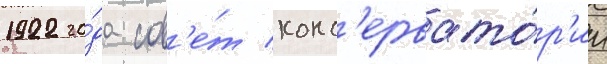
1922 го́да сов'е́т конс'ервато́р'ии